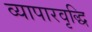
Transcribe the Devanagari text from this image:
व्यापारवृद्धि